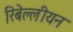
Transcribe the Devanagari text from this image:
रिबेल्लीयन